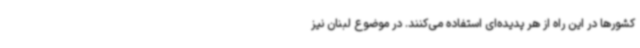
کشورها در این راه از هر پدیده‌ای استفاده می‌کنند. در موضوع لبنان نیز